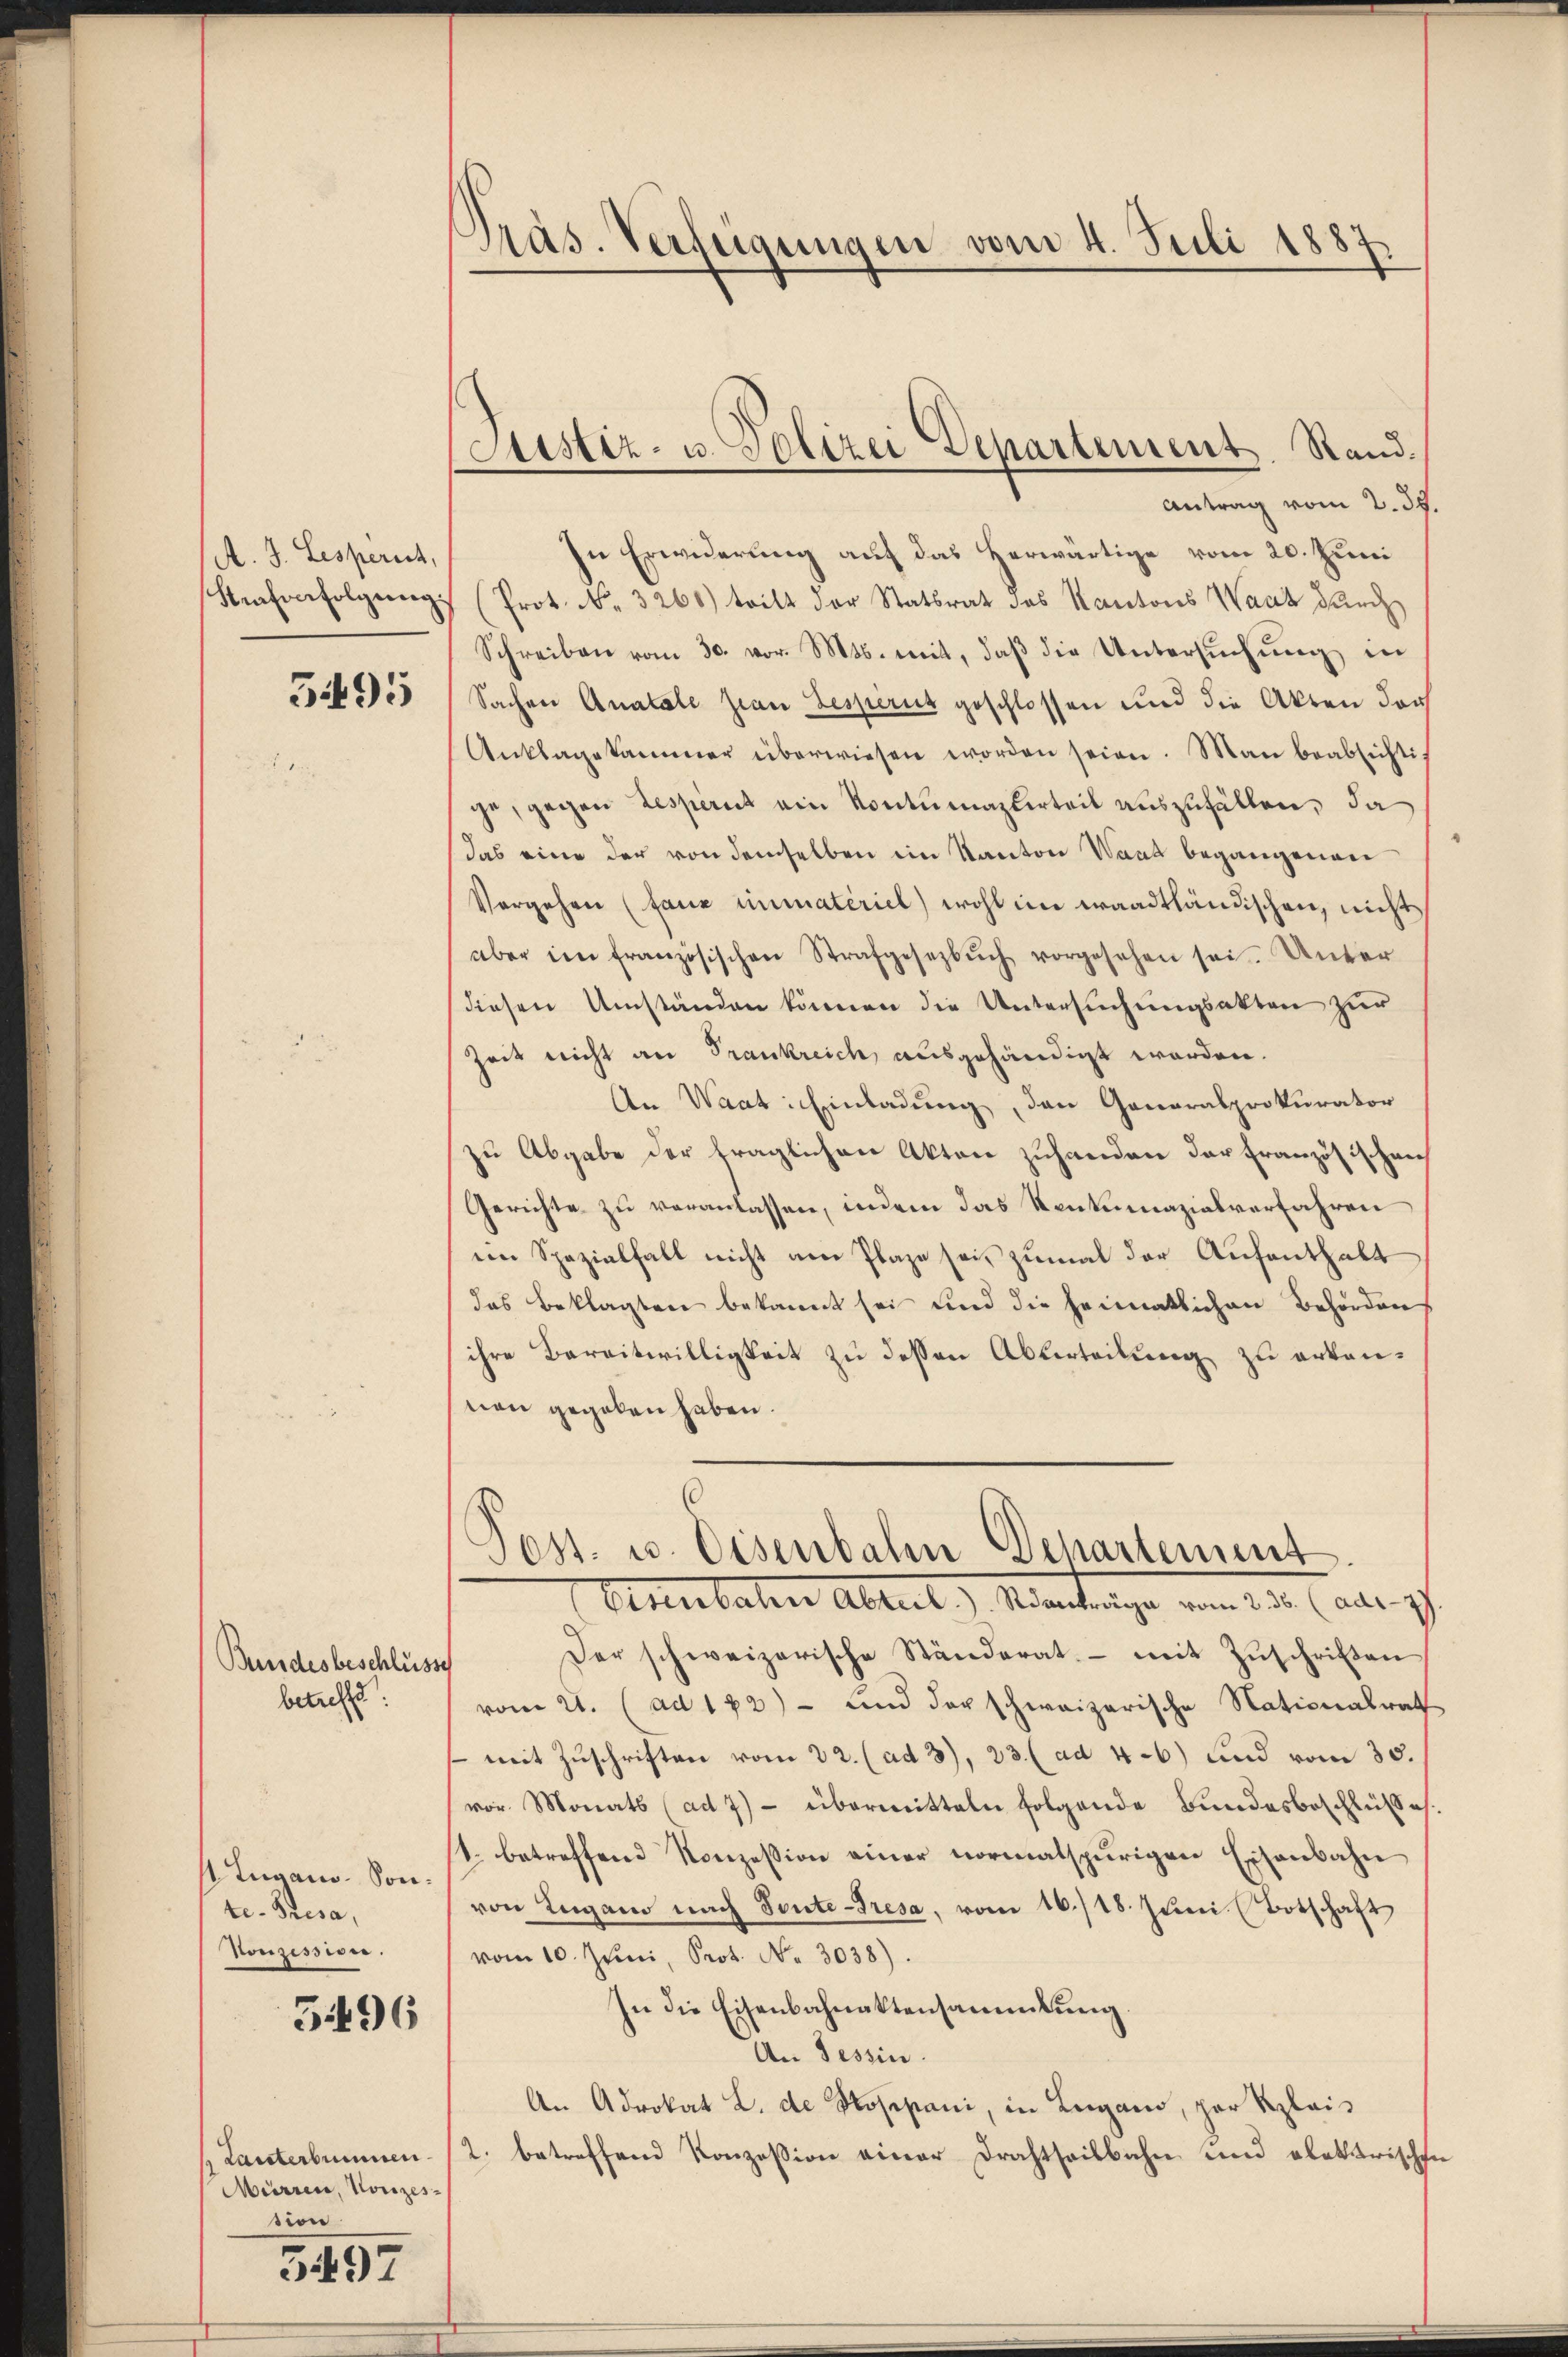
A. J. Lesperich,
Haferfolgung.

5495

Bundesbeschlüss
betreffe

1 Lugano-Sonte- Presa,
Honzession.

3496

h Lanterbrunnen.
Mürrer, Konzes
sion
3497

Präs. Verfügungen vom 4. Juli 1887.

Antrag vom 2. 39.
In Erwiderung auf das Verwärtige vom 20. Juni
Prot. No. 3260) tritt der Statsrat des Kantons Waat durch
Schreiben vom 30. vor. Mts. mit, daß die Untersuchung in
Sachen Anatole zian Jesperit geschlossen und die Akten der
Anklagekammer überwiesen worden seien. Man beabsichtig
ge, gegen Resperit ein Kontumazierteil auszufällen, da
das eine der von demselben im Kanton Wand begangenen
Vorgehen (fauz immateriel) wohl in waadtländischen, nicht
aber im französischen Strafgesezbŭch vorgesehen sei. Unter
diesen Umständen können die Untersŭchŭngsakten zur
Zeit nicht an Frankreich, ausgehändigt worden.
An Waat: Einladung, den Generalprokurator
zu Abgabe der fraglichen Akten zuhanden der französischen
Gerichte zu veranlassen, indem das Ventumazialverfahren
ein Spezialfall nicht am Plaze sei, zumal der Aufenthalt
das Beklagten bekannt sei und die heimatlichen Behörden
ihre Bereitwilligkeit zu dessen Abverteilung zu erkannen gegeben haben.
Post- u. Eisenbahn Departement
Altertaten Abteil) Mantenge vom 23. Janr. zt.
Der schweizerische Ständerat mit Zŭschriften
vom 21. (ad 182) - und der schweizerische Nationalrath
mit Zuschriften vom 22. (ad 3), 23. (ad 46) und vom 30.
vor. Monats (ad 7) - übermitteln folgende Bundesbeschlüsse.
1. betreffend Konzession einer normalspurigen Eisenbahn
von Lugano nach Toute-Tresa, vom 16./18. Juni (Botschaft
vom 10. Juni, Prot. No. 3038).
In die Eisenbahnaktensammlung
An Tessin.
An Advokat L. de Koppani, in Lugano, par Klais
2. betreffend Konzession einer Drahtheilbahn und elektrischen

Justiz- u. Polizei Departement. Stand.